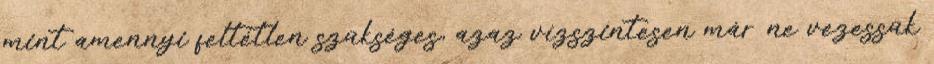
mint amennyi feltétlen szükséges, azaz vízszintesen már ne vezessük